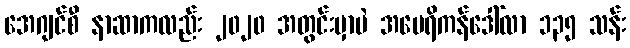
အေဂျင်စီ နာဆာကလည်း ၂၀၂၀ အတွင်းမှာပဲ အမေရိကန်ဒေါ်လာ ၁၃၅ သန်း